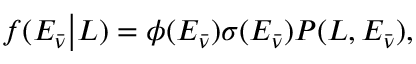
f ( E _ { \bar { \nu } } \big \vert L ) = \phi ( E _ { \bar { \nu } } ) \sigma ( E _ { \bar { \nu } } ) P ( L , E _ { \bar { \nu } } ) ,